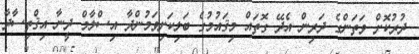
ދުރުކޮށް ވަތަންގެ ދަރިން އެދޭ ގޮތައް މިޤައުމުގެ ބަލިކަށިވަމުންދާ އިސްލާމް ދީނާ އިޤްތިސާދާ